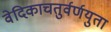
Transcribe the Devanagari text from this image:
वेदिकाचतुर्वर्णयुता